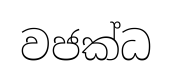
වජක්ධ